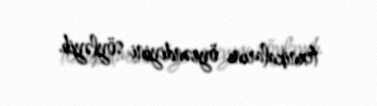
texnikalarını öyrəndiyini söyləyib.